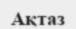
Ақтаз